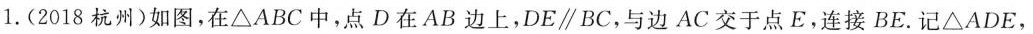
1.(2018杭州)如图，在△ABC中，点D在AB边上，DE \parallel BC，与边AC交于点E，连接BE。记△ADE，